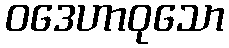
ဝဒေဟာဝုသော